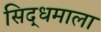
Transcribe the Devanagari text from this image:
सिद्धमाला